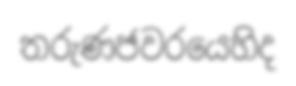
තරුණජවරයෙහිද